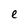
Character: e